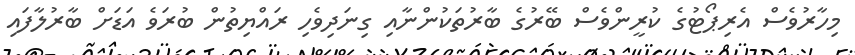
މިހާރުވެސް އެރިޕޯޓުގެ ކުރީންވެސް ބޭރުގެ ބާރުތަކުންނާއި ގިނަދިވެހި ރައްޔިތުން ބުރަވެ އަޑަށް ބާރުލާފައި